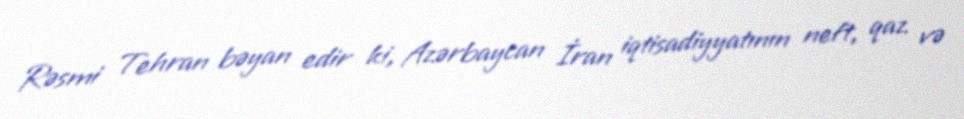
Rəsmi Tehran bəyan edir ki, Azərbaycan İran iqtisadiyyatının neft, qaz və